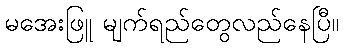
မအေးဖြူ မျက်ရည်တွေလည်နေပြီ။